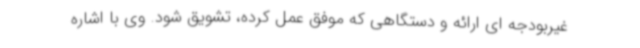
غیربودجه ای ارائه و دستگاهی که موفق عمل کرده، تشویق شود. وی با اشاره